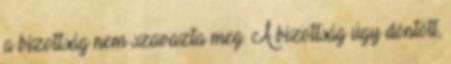
a bizottság nem szavazta meg. A bizottság úgy döntött,